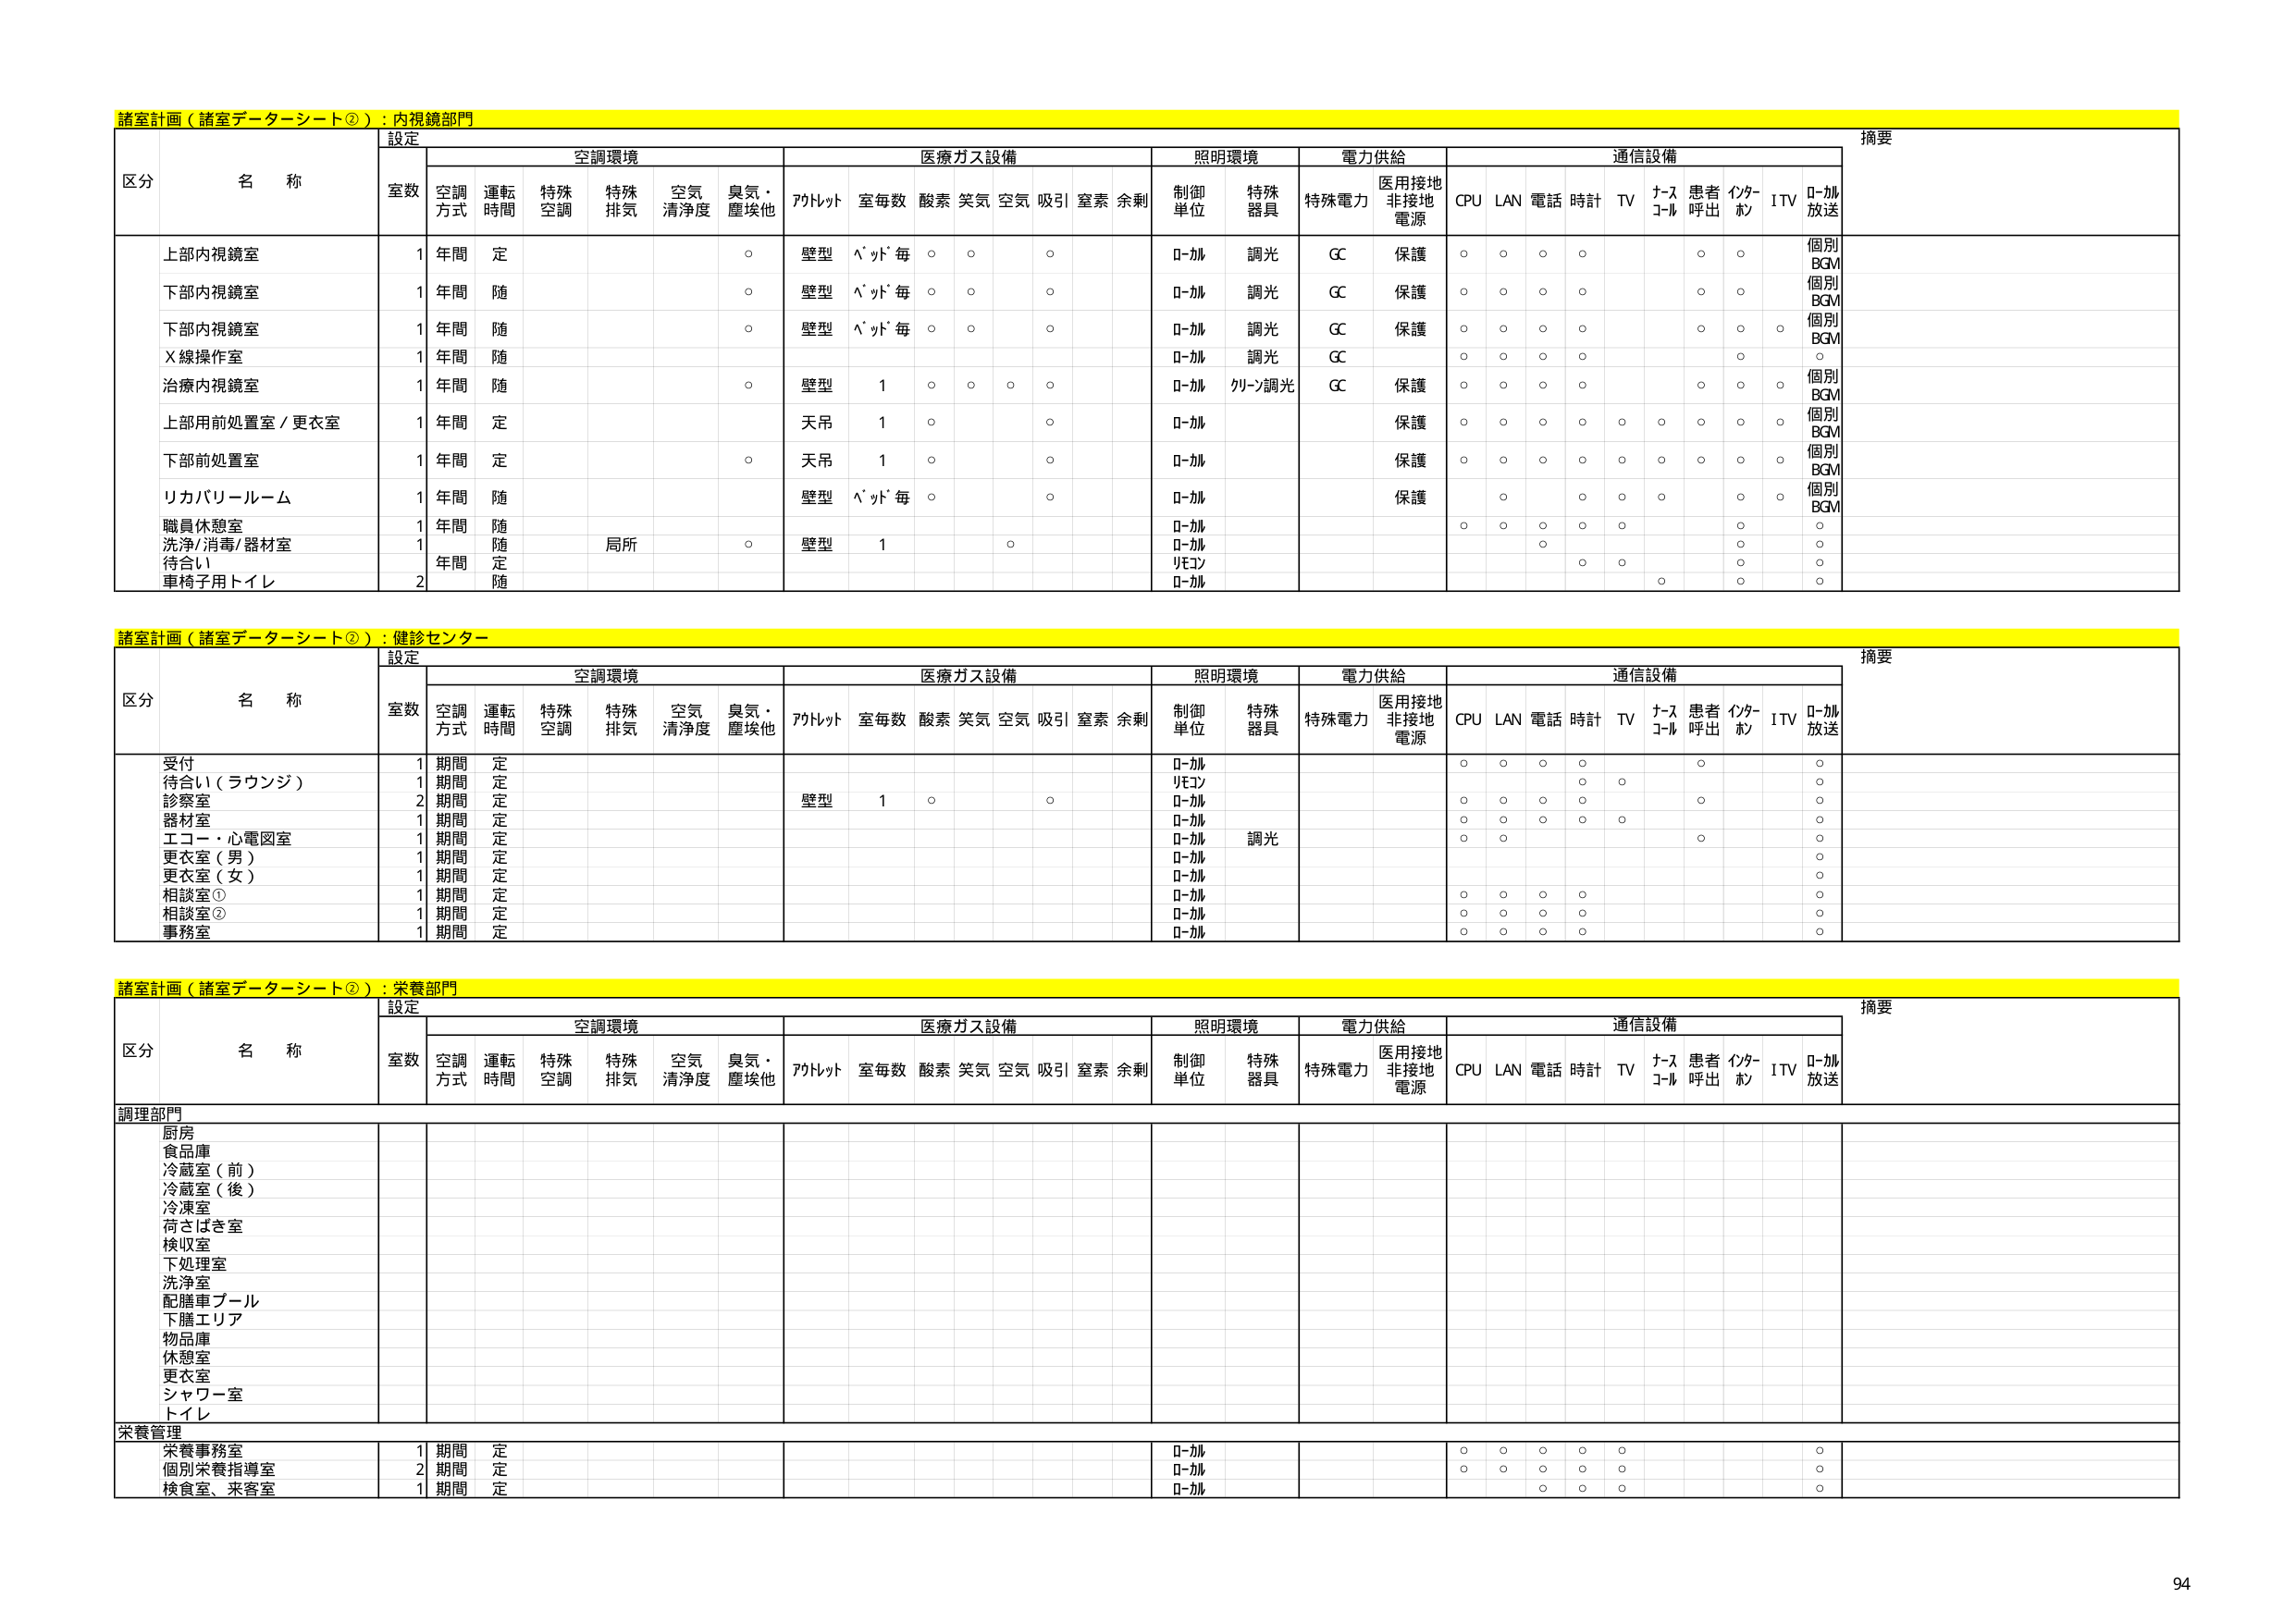
諸室計画（諸室データーシート②）：内視鏡部門
設定
摘要
区分 名称
室数 空調方式 運転時間 特殊空調 特殊排気 空気清浄度 臭気・塵埃他 アルトット 室毎数 酸素 笑気 空気 吸引 窒素 余剰 制御単位 特殊器具 特殊電力 医用接地非接地電源 CPU LAN 電話 時計 TV ナースコール 患者呼出 インターホン ITV ローカル放送
上部内視鏡室 1 年間 定 ○ 壁型 ヘッド毎 ○ ○ ○ ローカル 調光 GC 保護 ○ ○ ○ ○ ○ ○ 個別BGM
下部内視鏡室 1 年間 随 ○ 壁型 ヘッド毎 ○ ○ ○ ローカル 調光 GC 保護 ○ ○ ○ ○ ○ ○ 個別BGM
下部内視鏡室 1 年間 随 ○ 壁型 ヘッド毎 ○ ○ ○ ローカル 調光 GC 保護 ○ ○ ○ ○ ○ ○ ○ 個別BGM
X線操作室 1 年間 随 ローカル 調光 GC ○ ○ ○ ○ ○
治療内視鏡室 1 年間 随 ○ 壁型 1 ○ ○ ○ ○ ローカル グリーン調光 GC 保護 ○ ○ ○ ○ ○ ○ ○ 個別BGM
上部用前処置室／更衣室 1 年間 定 天吊 1 ○ ○ ローカル 保護 ○ ○ ○ ○ ○ ○ ○ ○ ○ 個別BGM
下部前処置室 1 年間 定 ○ 天吊 1 ○ ○ ローカル 保護 ○ ○ ○ ○ ○ ○ ○ ○ ○ 個別BGM
リカバリールーム 1 年間 随 壁型 ヘッド毎 ○ ○ ローカル 保護 ○ ○ ○ ○ ○ ○ ○ 個別BGM
職員休憩室 1 年間 随 ローカル ○
洗浄/消毒/器材室 1 年間 随 局所 ○ 壁型 1 ○ ローカル ○
待合い 1 年間 定 リモコン ○ ○ ○
車椅子用トイレ 2 年間 随 ローカル ○ ○

諸室計画（諸室データーシート②）：健診センター
設定
摘要
区分 名称
室数 空調方式 運転時間 特殊空調 特殊排気 空気清浄度 臭気・塵埃他 アルトット 室毎数 酸素 笑気 空気 吸引 窒素 余剰 制御単位 特殊器具 特殊電力 医用接地非接地電源 CPU LAN 電話 時計 TV ナースコール 患者呼出 インターホン ITV ローカル放送
受付 1 期間 定 ローカル ○ ○ ○ ○ ○ ○
待合い（ラウンジ） 1 期間 定 リモコン ○ ○
診察室 2 期間 定 壁型 1 ○ ○ ローカル ○ ○ ○ ○ ○
器材室 1 期間 定 ローカル ○ ○ ○ ○ ○
エコー・心電図室 1 期間 定 ローカル 調光 ○ ○ ○
更衣室（男） 1 期間 定 ローカル ○
更衣室（女） 1 期間 定 ローカル ○
相談室① 1 期間 定 ローカル ○ ○ ○ ○ ○
相談室② 1 期間 定 ローカル ○ ○ ○ ○ ○
事務室 1 期間 定 ローカル ○ ○ ○ ○ ○

諸室計画（諸室データーシート②）：栄養部門
設定
摘要
区分 名称
室数 空調方式 運転時間 特殊空調 特殊排気 空気清浄度 臭気・塵埃他 アルトット 室毎数 酸素 笑気 空気 吸引 窒素 余剰 制御単位 特殊器具 特殊電力 医用接地非接地電源 CPU LAN 電話 時計 TV ナースコール 患者呼出 インターホン ITV ローカル放送
調理部門
厨房
食品庫
冷蔵室（前）
冷蔵室（後）
冷凍室
荷さばき室
検収室
下処理室
洗浄室
配膳車プール
下膳エリア
物品庫
休憩室
更衣室
シャワー室
トイレ
栄養管理
栄養事務室 1 期間 定 ローカル ○ ○ ○ ○ ○ ○
個別栄養指導室 2 期間 定 ローカル ○ ○ ○ ○ ○ ○
検食室、来客室 1 期間 定 ローカル ○ ○ ○ ○ ○

94